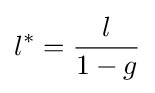
l^{*}={\frac {l}{1-g}}